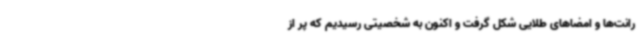
رانت‌ها و امضاهای طلایی شکل گرفت و اکنون به شخصیتی رسیدیم که پر از